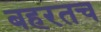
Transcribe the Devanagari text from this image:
बहरतच